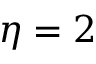
\eta = 2